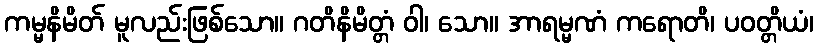
ကမ္မနိမိတ် မူလည်းဖြစ်သော။ ဂတိနိမိတ္တံ ဝါ၊ သော။ အာရမ္မဏံ ကရောတိ၊ ပဝတ္တိယံ၊